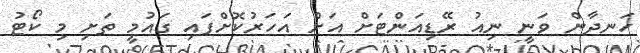
ހަނދާން ވަނީ ނިއު ރޭޑިއަންޓަށް އަށް އަހަރުކޮށްފައި ގައުމީ ތަށި މި ކޯޓު